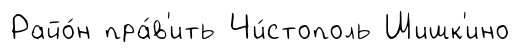
Райо́н пра́в'ить Чи́стополь Шишк'ино